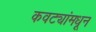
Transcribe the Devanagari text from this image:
कवट्यांमधून